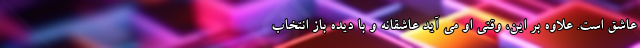
عاشق است. علاوه بر این، وقتی او می آید عاشقانه و با دیده باز انتخاب